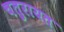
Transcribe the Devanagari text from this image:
चतुरायत